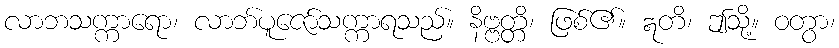
လာဘသက္ကာရော၊ လာဘ်ပူဇော်သက္ကာရသည်။ နိဗ္ဗတ္တိ၊ ဖြစ်၏။ ဣတိ၊ ဤသို့။ ဝတွာ၊